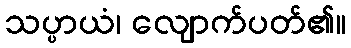
သပ္ပာယံ၊ လျောက်ပတ်၏။